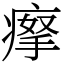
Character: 𤸻